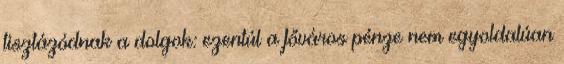
tisztázódnak a dolgok: ezentúl a főváros pénze nem egyoldalúan